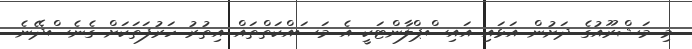
މި މަޝްރޫއުގެ ދަށުން އަޅައި އައިސްޕްލާންޓަކީ އެ މަސައްކަތްތައް އިތުރު ހަރުފަތަކަށް ގެނެސްދޭނެ